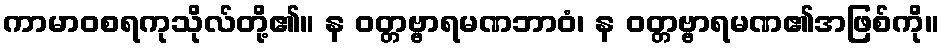
ကာမာဝစရကုသိုလ်တို့၏။ န ဝတ္တဗ္ဗာရမဏဘာဝံ၊ န ဝတ္တဗ္ဗာရမဏ၏အဖြစ်ကို။